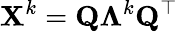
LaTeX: \mathbf{X}^{k}=\mathbf{Q}\mathbf{\Lambda}^{k}\mathbf{Q}^{\top}